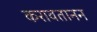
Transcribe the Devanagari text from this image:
करावतानन